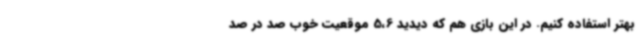
بهتر استفاده کنیم. در این بازی هم که دیدید 5،6 موقعیت خوب صد در صد